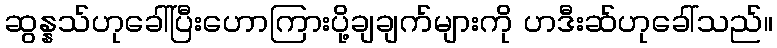
ဆွန္နသ်ဟုခေါ်ပြီးဟောကြားပို့ချချက်များကို ဟဒီးဆ်ဟုခေါ်သည်။